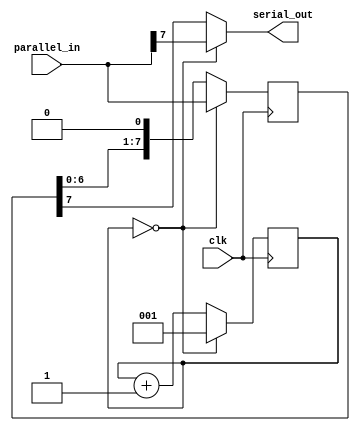
module ParallelInSerialOut (
    input wire clk,
    input wire [7:0] parallel_in,
    output reg serial_out
);

reg [7:0] parallel_data;
reg [2:0] shift_counter;

always @(posedge clk) begin
    if (shift_counter == 0) begin
        parallel_data <= parallel_in;
        shift_counter <= 1;
    end else begin
        parallel_data <= {parallel_data[6:0], 1'b0};
        shift_counter <= shift_counter + 1;
    end
end

always @(*) begin
    if (shift_counter == 0) begin
        serial_out = parallel_in[7];
    end else begin
        serial_out = parallel_data[7];
    end
end

endmodule